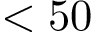
< 5 0